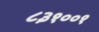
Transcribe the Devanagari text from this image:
८३१००१